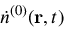
{ \dot { n } } ^ { ( 0 ) } ( { \bf r } , t )